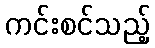
ကင်းစင်သည့်